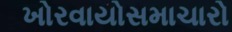
ખોરવાયોસમાચારો